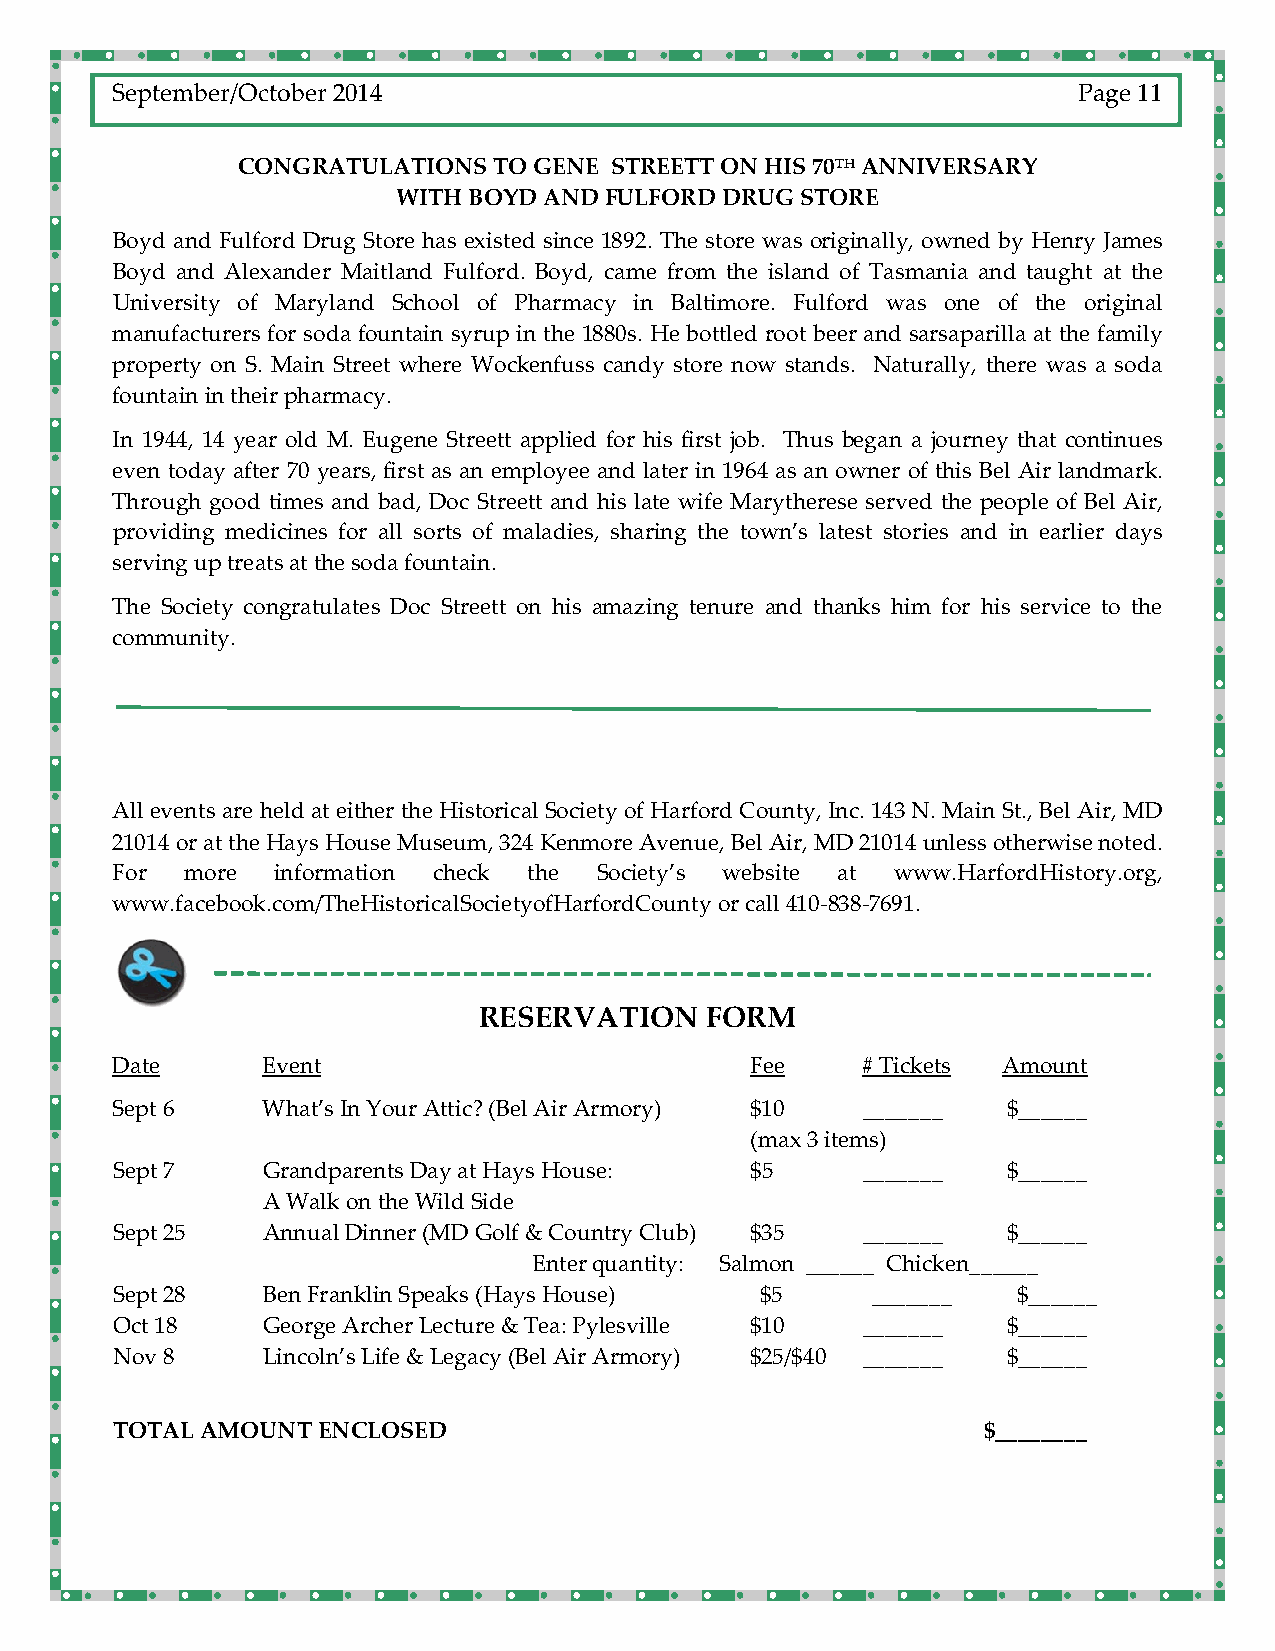
September/October 2014                                          Page 11
 CONGRATULATIONS  TO GENE STREETT ON HIS 70TH ANNIVERSARY
 WITH BOYD AND FULFORD DRUG STORE
 Boyd and Fulford Drug Store has existed since 1892. The store was originally, owned by Henry James
 Boyd and Alexander Maitland Fulford. Boyd, came from the island of Tasmania and taught at the
 University of Maryland School of Pharmacy in Baltimore. Fulford was one of the original
 manufacturers for soda fountain syrup in the 1880s. He bottled root beer and sarsaparilla at the family
 property on S. Main Street where Wockenfuss candy store now stands. Naturally, there was a soda
 fountain in their pharmacy.
 In 1944, 14 year old M. Eugene Streett applied for his first job. Thus began a journey that continues
 even today after 70 years, first as an employee and later in 1964 as an owner of this Bel Air landmark.
 Through good times and bad, Doc Streett and his late wife Marytherese served the people of Bel Air,
 providing medicines for all sorts of maladies, sharing the town’s latest stories and in earlier days
 serving up treats at the soda fountain.
 The Society congratulates Doc Streett on his amazing tenure and thanks him for his service to the
 community.
 All events are held at either the Historical Society of Harford County, Inc. 143 N. Main St., Bel Air, MD
 21014 or at the Hays House Museum, 324 Kenmore Avenue, Bel Air, MD 21014 unless otherwise noted.
 For  more  information check the Society’s website at www.HarfordHistory.org,
 www.facebook.com/TheHistoricalSocietyofHarfordCounty or call 410‐838‐7691.
 RESERVATION    FORM
 Date      Event                            Fee    # Tickets Amount
 Sept 6    What’s In Your Attic? (Bel Air Armory) $10 _______ $______
 (max 3 items)
 Sept 7    Grandparents Day at Hays House:  $5     _______   $______
 A Walk on the Wild Side
 Sept 25   Annual Dinner (MD Golf & Country Club) $35 _______ $______
 Enter quantity: Salmon ______ Chicken______
 Sept 28   Ben Franklin Speaks (Hays House) $5      _______  $______
 Oct 18    George Archer Lecture & Tea: Pylesville $10 _______ $______
 Nov 8     Lincoln’s Life & Legacy (Bel Air Armory) $25/$40 _______ $______
 TOTAL AMOUNT  ENCLOSED                                    $________